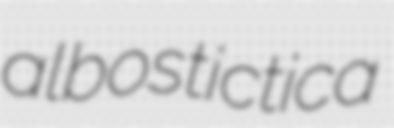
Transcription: albostictica